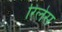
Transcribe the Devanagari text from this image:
रिलेस